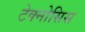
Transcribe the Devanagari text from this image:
टेक्नोसिस